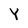
Character: Y